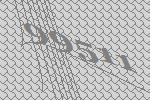
99511